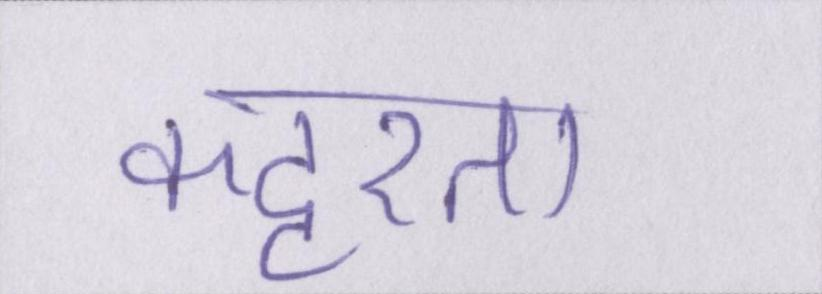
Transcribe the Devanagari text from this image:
कट्टरता